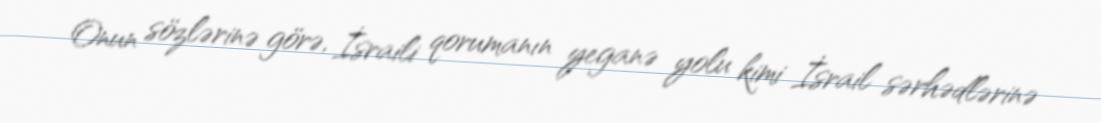
Onun sözlərinə görə, İsraili qorumanın yeganə yolu kimi İsrail sərhədlərinə